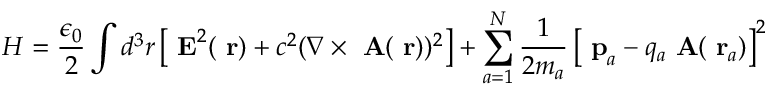
H = \frac { \epsilon _ { 0 } } { 2 } \int d ^ { 3 } r \left[ \mathrm { \bf ~ E } ^ { 2 } ( \mathrm { \bf ~ r } ) + c ^ { 2 } ( \nabla \times \mathrm { \bf ~ A } ( \mathrm { \bf ~ r } ) ) ^ { 2 } \right] + \sum _ { a = 1 } ^ { N } \frac { 1 } { 2 m _ { a } } \left[ \mathrm { \bf ~ p } _ { a } - q _ { a } \mathrm { \bf ~ A } ( \mathrm { \bf ~ r } _ { a } ) \right] ^ { 2 }